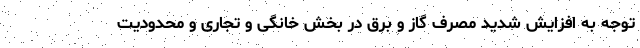
توجه به افزایش شدید مصرف گاز و برق در بخش خانگی و تجاری و محدودیت